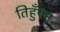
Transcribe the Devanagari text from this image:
तिहुँपन